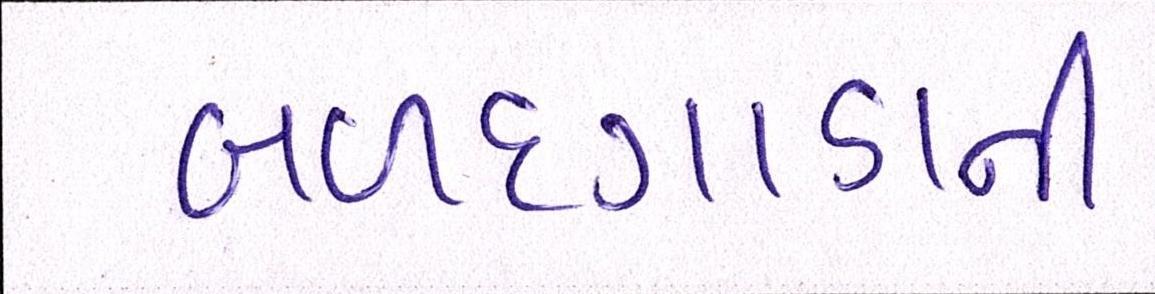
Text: બળદગાડાની